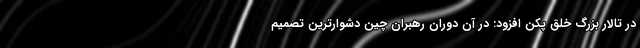
در تالار بزرگ خلق پکن افزود: در آن دوران رهبران چین دشوارترین تصمیم